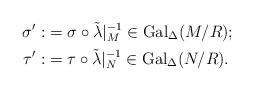
\begin{align*}\sigma': &=\sigma\circ\tilde{\lambda}|_M^{-1}\in\mathrm{Gal}_\Delta(M/R); \quad \\ \tau': &=\tau\circ\tilde{\lambda}|_N^{-1}\in\mathrm{Gal}_\Delta(N/R).\end{align*}